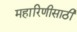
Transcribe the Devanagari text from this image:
महारिणीसाठी